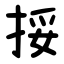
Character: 挼